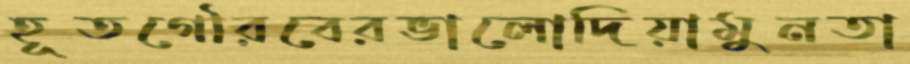
হূতগৌরবেরভালোদিয়ামুনতা